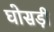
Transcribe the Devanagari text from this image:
घोसड़ी